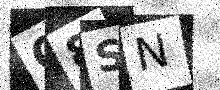
Text: O8SN